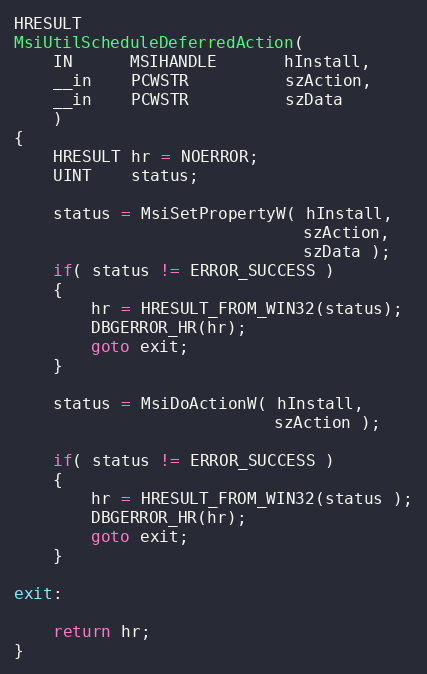
Language: C++
HRESULT
MsiUtilScheduleDeferredAction(
    IN      MSIHANDLE       hInstall,
    __in    PCWSTR          szAction,
    __in    PCWSTR          szData
    )
{
    HRESULT hr = NOERROR;
    UINT    status;

    status = MsiSetPropertyW( hInstall,
                              szAction,
                              szData );
    if( status != ERROR_SUCCESS )
    {
        hr = HRESULT_FROM_WIN32(status);
        DBGERROR_HR(hr);
        goto exit;
    }

    status = MsiDoActionW( hInstall,
                           szAction );

    if( status != ERROR_SUCCESS )
    {
        hr = HRESULT_FROM_WIN32(status );
        DBGERROR_HR(hr);
        goto exit;
    }

exit:

    return hr;
}